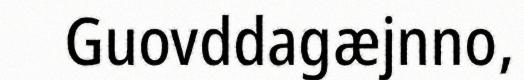
Guovddagæjnno,